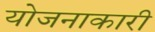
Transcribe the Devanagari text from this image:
योजनाकारी